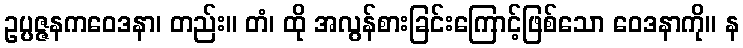
ဥပ္ပဇ္ဇနကဝေဒနာ၊ တည်း။ တံ၊ ထို အလွန်စားခြင်းကြောင့်ဖြစ်သော ဝေဒနာကို။ န